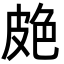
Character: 𦫗